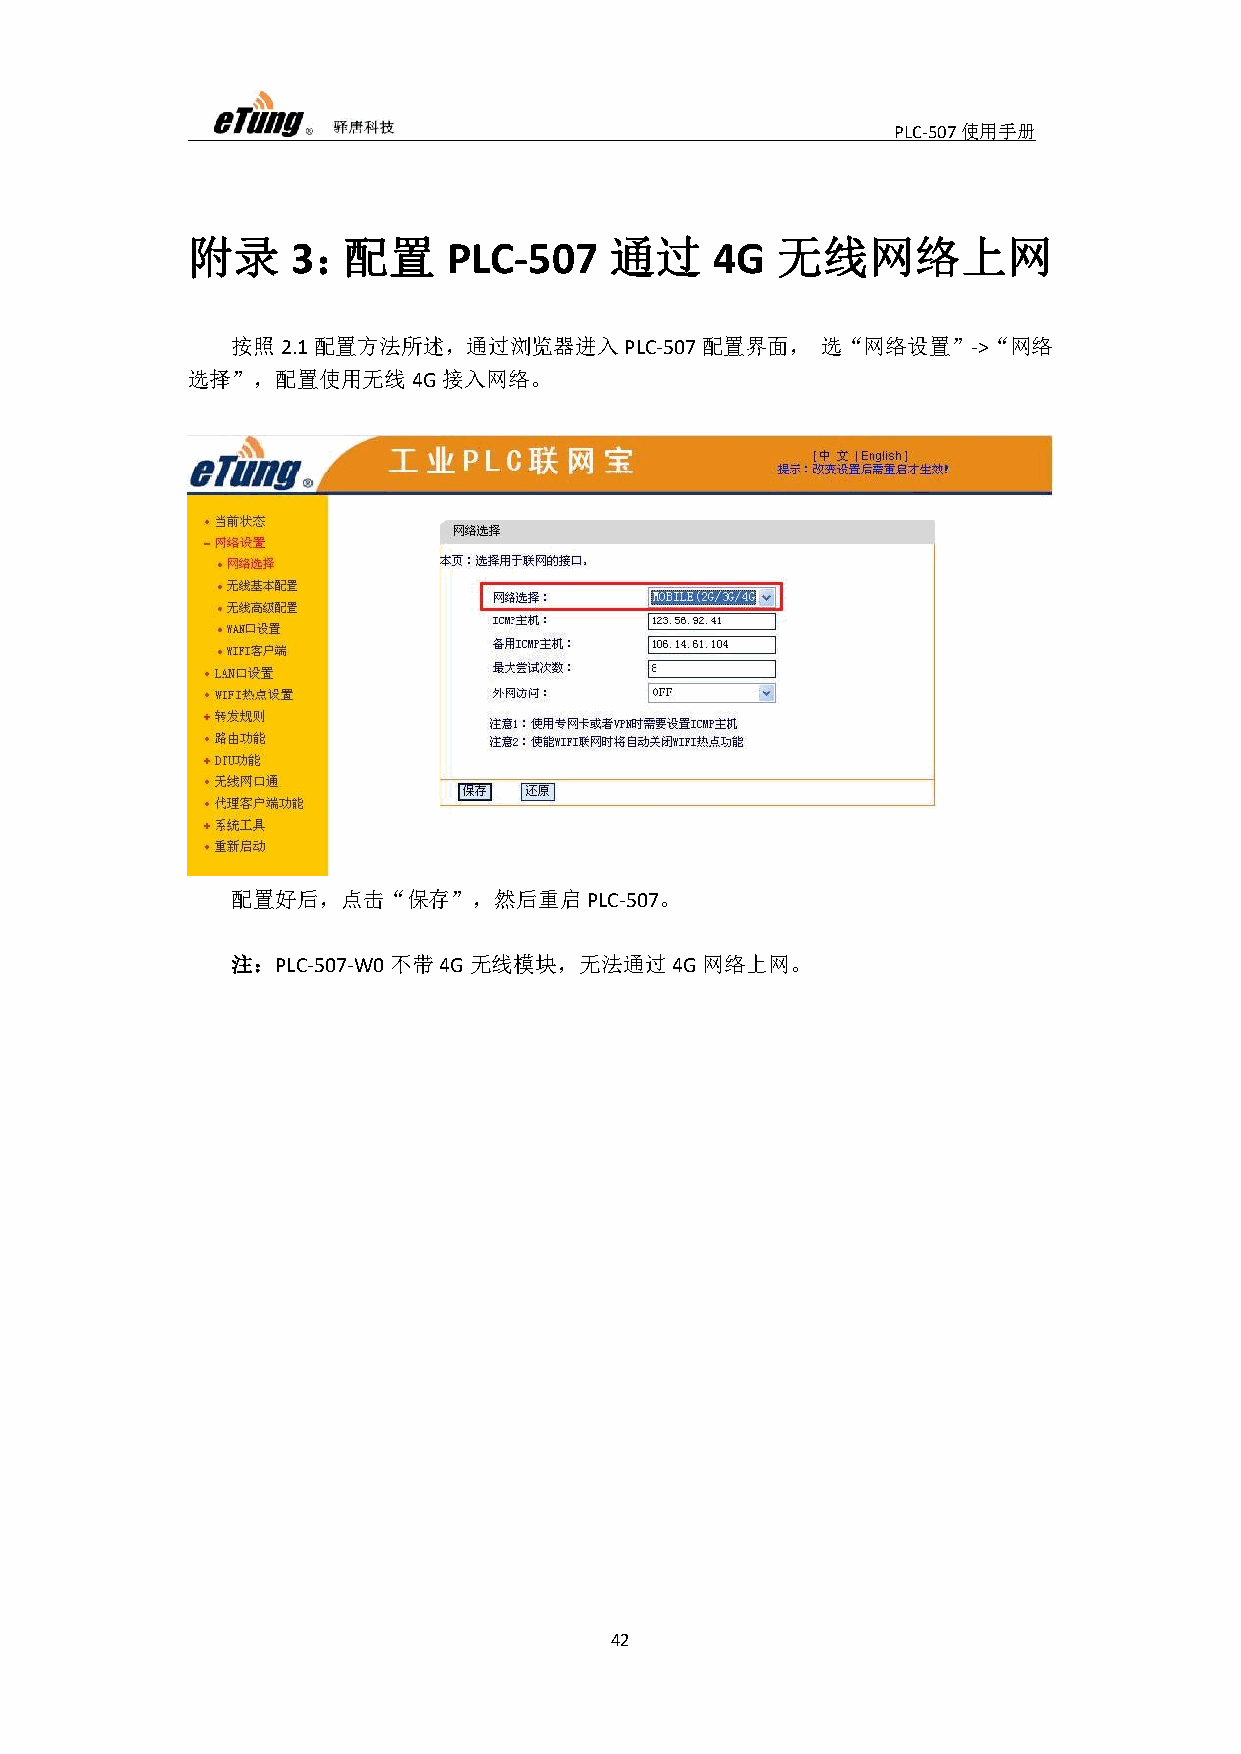
PLC-507使用手册
 附录       ：配置                通过         无线网络上网
 3          PLC-507          4G
 按照2.1配置方法所述，通过浏览器进入PLC-507配置界面，        选“网络设置”->“网络
 选择”，配置使用无线4G接入网络。
 配置好后，点击“保存”，然后重启PLC-507。
 注：PLC-507-W0不带4G无线模块，无法通过4G网络上网。
 42